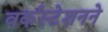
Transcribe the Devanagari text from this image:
वर्कस्टेशनने